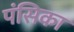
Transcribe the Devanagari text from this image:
पंसिका